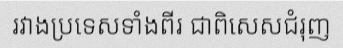
រវាងប្រទេសទាំងពីរ ជាពិសេសជំរុញ